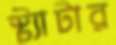
স্ট্যাটার